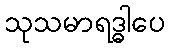
သုသမာရဒ္ဓါပေ